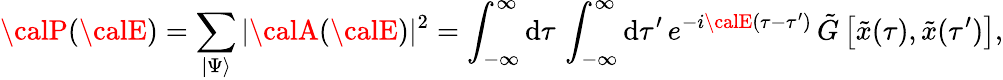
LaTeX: {\calP}({\calE})=\sum_{\vert\Psi\rangle}\vert{\calA}({\calE})\vert^{2}=\int_{-\infty}^{\infty}\mathrm{d}\tau\, \int_{-\infty}^{\infty}\mathrm{d}\tau^{\prime}\, e^{-i{\calE}(\tau-\tau^{\prime})}\, {\tilde{{G}}}\left[{\tilde{{x}}}(\tau),{\tilde{{x}}}(\tau^{\prime})\right],